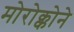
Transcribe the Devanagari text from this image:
मोरोक्कोने